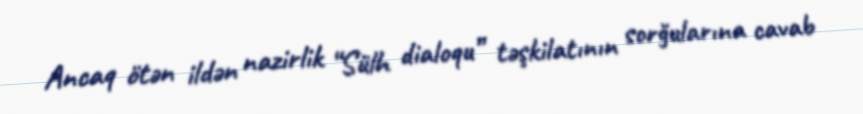
Ancaq ötən ildən nazirlik “Sülh dialoqu” təşkilatının sorğularına cavab